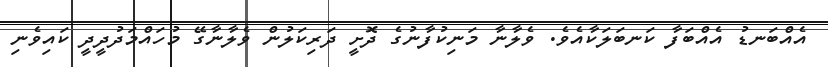
އެއްބަނޑު އެއްބަފާ ކަނބަލަކާއެވެ. ވެލާނާ މަނިކުފާނުގެ ދޮށީ ދަރިކަލުން ވެލާނާގޭ މުހައްމަދުދީދީ ކައިވެނި